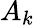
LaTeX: A_{k}